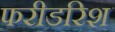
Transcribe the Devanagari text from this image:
फरीडरिश